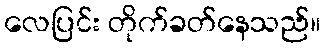
လေပြင်း တိုက်ခတ်နေသည်။